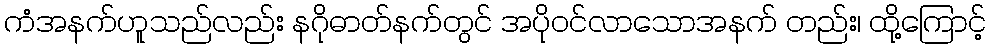
ကံအနက်ဟူသည်လည်း နဂိုဓာတ်နက်တွင် အပိုဝင်လာသောအနက် တည်း၊ ထို့ကြောင့်